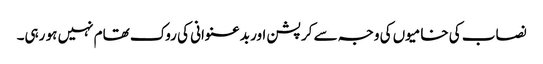
نصاب کی خامیوں کی وجہ سے کرپشن اور بدعنوانی کی روک تھام نہیں ہو رہی۔